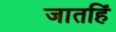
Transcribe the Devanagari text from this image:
जातहिं